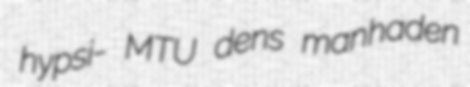
hypsi- MTU dens manhaden